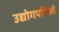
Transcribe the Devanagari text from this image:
उद्योगपतिओं